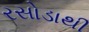
રસોડાથી